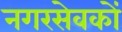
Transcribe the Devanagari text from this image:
नगरसेवकों